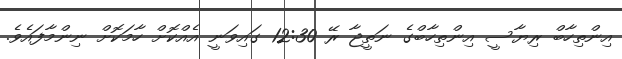
އިންތިހާބް ރިޔާސީ އިންތިހާބްގެ ނަތީޖާ ރޭ 12:30 ގައިވަނީ އެއްކޮށް ހާމަކޮށް ނިންމާފައެވެ.